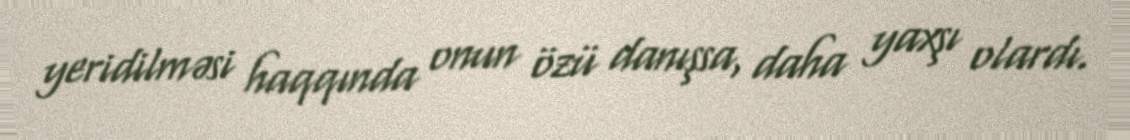
yeridilməsi haqqında onun özü danışsa, daha yaxşı olardı.